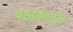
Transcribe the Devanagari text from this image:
वठविणारा